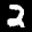
Label: 2